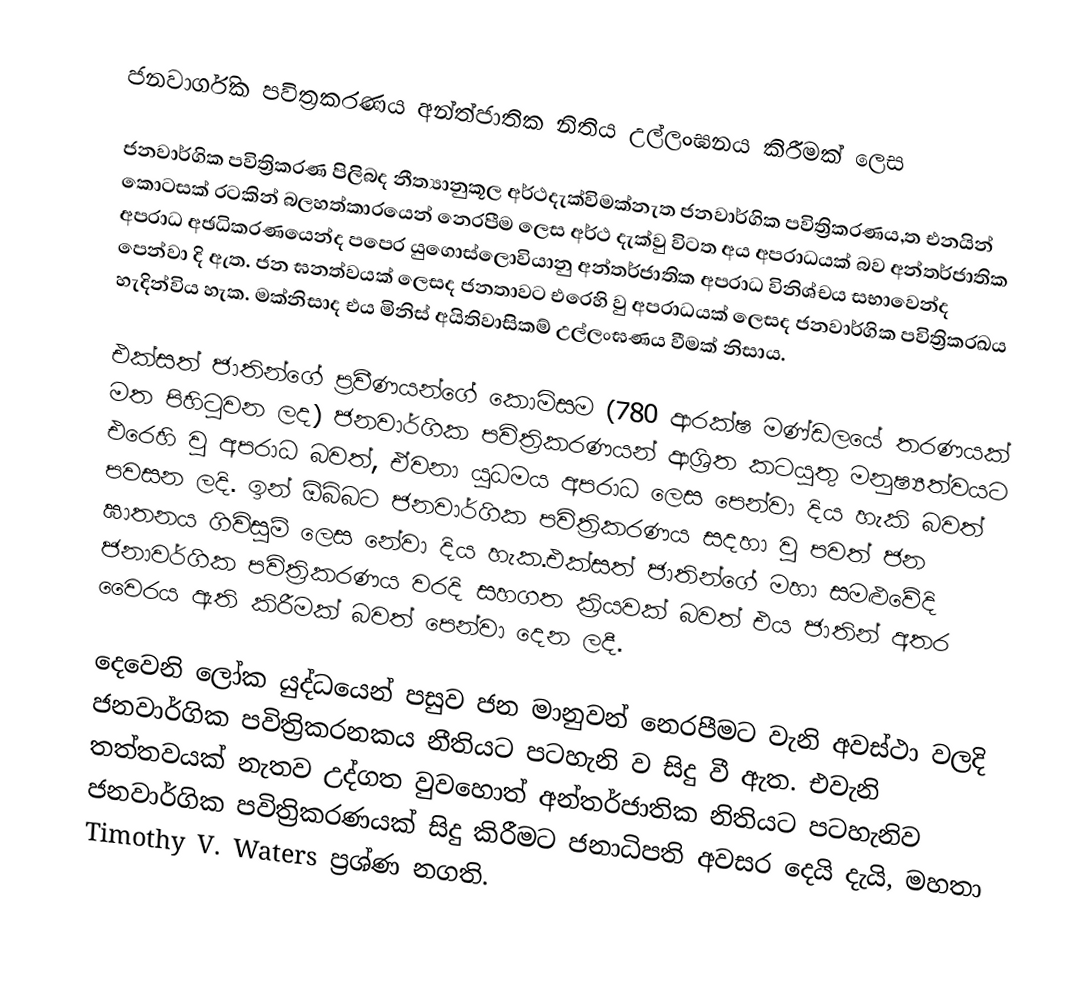
ජනවාර්ගික පවිත්‍රකරණය අන්ත්ජාතික නිතිය උල්ලංඝනය කිරීමක් ලෙස

ජනවාර්ගික පවිත්‍රිකරණ පිලිබද නීත්‍යානුකූල අර්ථදැක්විමක්නැත ජනවාර්ගික පවිත්‍රිකරණය,ත එනයින් කොටසක් රටකින් බලහත්කාරයෙන් නෙරපීම ලෙස අර්ථ දැක්වු විටත අය අපරාධයක් බව අන්තර්ජාතික අපරාධ අඡධිකරණයෙන්ද පපෙර යුගොස්ලොවියානු අන්තර්ජාතික අපරාධ විනිශ්චය සභාවෙන්ද පෙන්වා දි ඇත. ජන ඝනත්වයක් ලෙසද ජනතාවට එරෙහි වු අපරාධයක් ලෙසද ජනවාර්ගික පවිත්‍රිකරඛය හැදින්විය හැක. මක්නිසාද එය මිනිස් අයිතිවාසිකම් උල්ලංඝණය වීමක් නිසාය.

එක්සත් ජාතින්ගේ ප්‍රවීණයන්ගේ කොමිසම (780 ආරක්ෂ මණ්ඩලයේ තරණයක් මත පිහිටුවන ලද) ජනවාර්ගික පවිත්‍රිකරණයන් ආශ්‍රිත කටයුතු මනුෂ්‍යත්වයට එරෙහි වු අපරාධ බවත්, ඒවනා යුධමය අපරාධ ලෙස පෙන්වා දිය හැකි බවත් පවසන ලදි. ඉන් ඕබ්බට ජනවාර්ගික පවිත්‍රිකරණය සදහා වු පවත් ජන ඝාතනය ගිවිසුම් ලෙස නේවා දිය හැක.එක්සත් ජාතින්ගේ මහා සමළුවේදි ජනාවර්ගික පවිත්‍රිකරණය වරදි සහගත ක්‍රියවක් බවත් එය ජාතින් අතර වෛරය ඇති කිරීමක් බවත් පෙන්වා දෙන ලදී.

දෙවෙනි ලෝක යුද්ධයෙන් පසුව ජන මානුවන් නෙරපීමට වැනි අවස්ථා වලදි ජනවාර්ගික පවිත්‍රිකරනකය නීතියට පටහැනි ව සිදු වී ඇත.  එවැනි තත්තවයක් නැතව උද්ගත වුවහොත් අන්තර්ජාතික නිතියට පටහැනිව ජනවාර්ගික පවිත්‍රිකරණයක් සිදු කිරීමට ජනාධිපති අවසර දෙයි දැයි, මහතා Timothy V. Waters ප්‍රශ්ණ නගති.